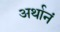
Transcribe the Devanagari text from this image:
अर्थानं